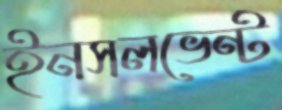
ইনসলভেন্ট